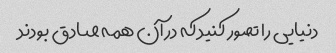
دنیایی را تصور کنید که در آن همه صادق بودند